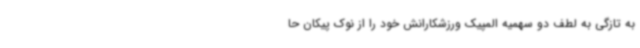
به تازگی به لطف دو سهمیه المپیک ورزشکارانش خود را از نوک پیکان حا